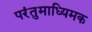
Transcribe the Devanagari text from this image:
परंतुमाध्यिमक